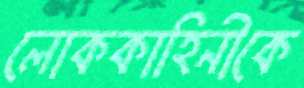
লোককাহিনীকে